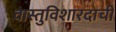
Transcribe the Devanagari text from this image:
वास्तुविशारदाची